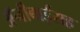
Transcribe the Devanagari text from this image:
अॅनीबाईंसह